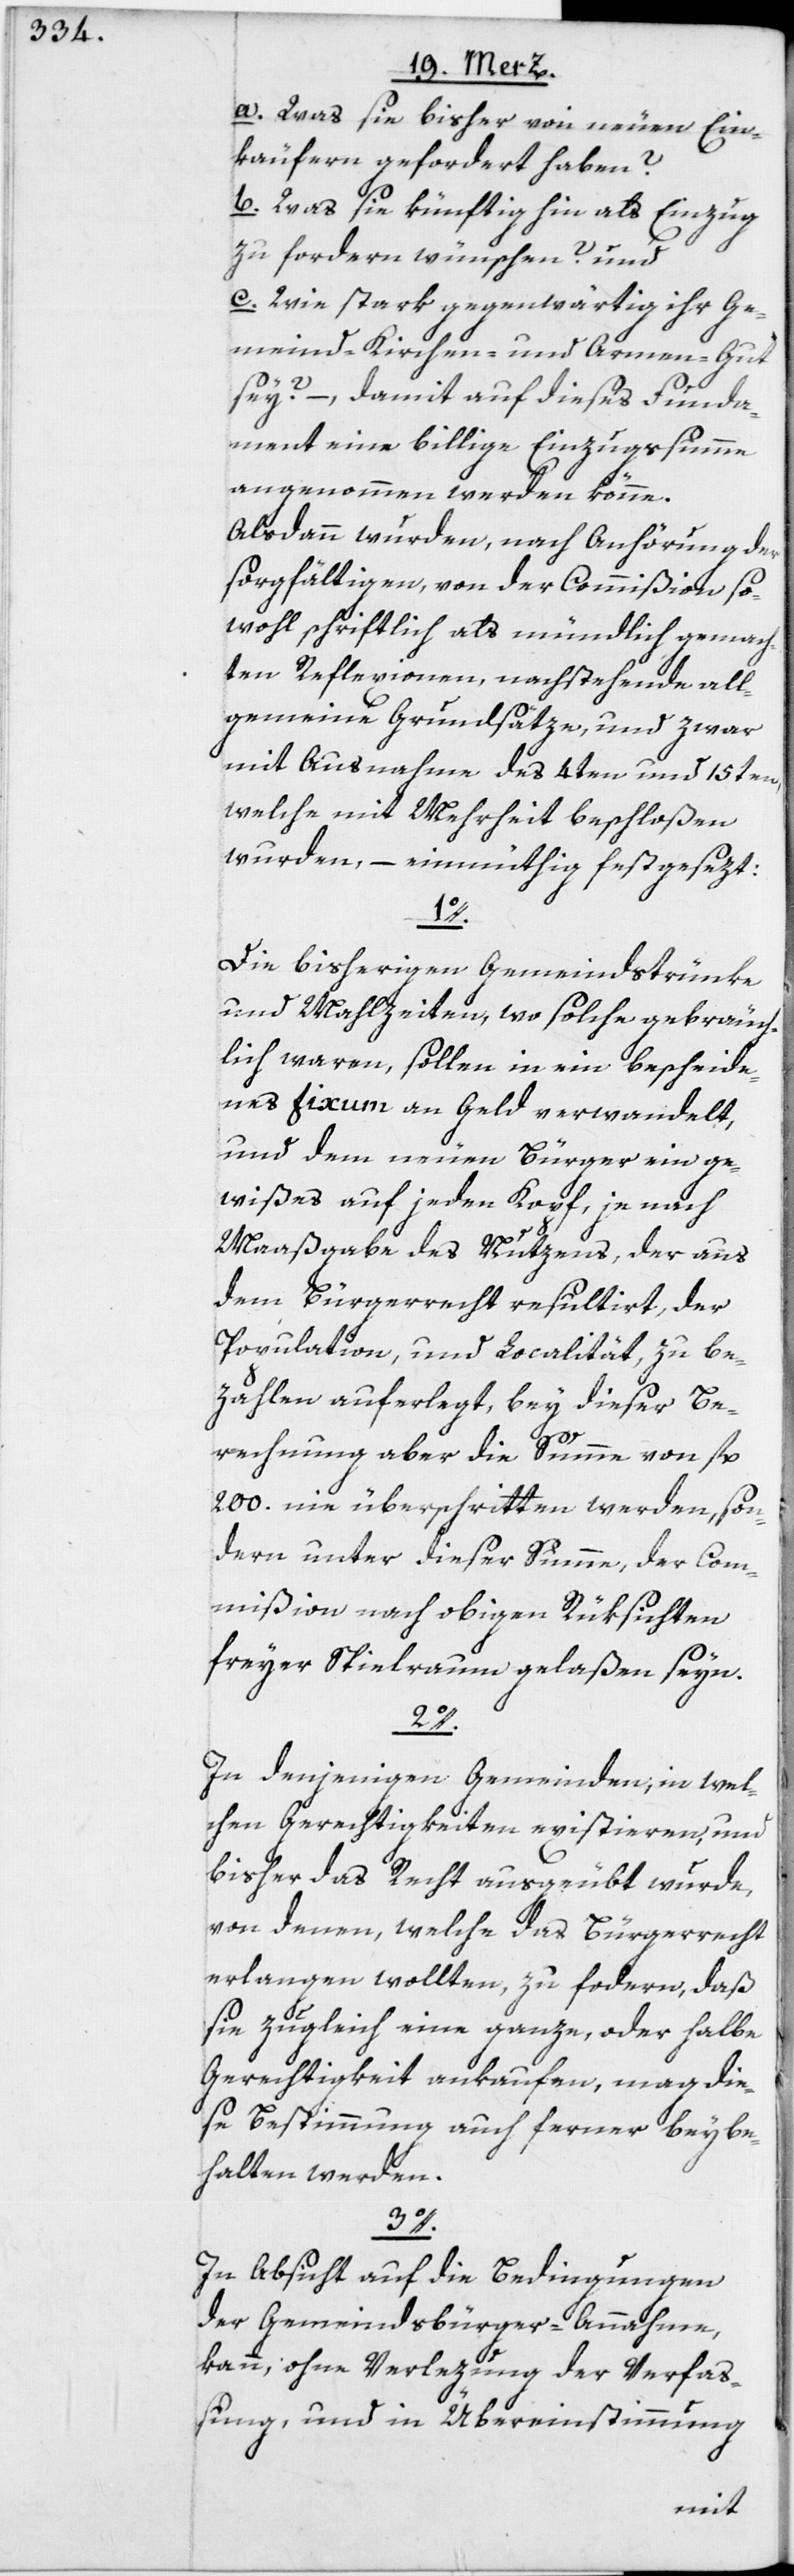
a. Was sie bisher von neuen Ein¬
käufern gefordert haben?
b. Was sie künftig hin als Einzug
zu fordern wünschen? und
c. Wie stark gegenwärtig ihr Ge¬
meind-[,] Kirchen- und Armen-Gut
sey? –, damit auf dieses Funda¬
ment eine billige Einzugssumme
angenommen werden könne.
Alsdann wurden, nach Anhörung der
sorgfältigen, von der Commißion so¬
wohl schriftlich als mündlich gemach¬
ten Reflexionen, nachstehende all¬
gemeine Grundsätze, und zwar
mit Ausnahme des 4ten und 15ten,
welche mit Mehrheit beschloßen
wurden, – einmüthig festgesezt:
1o.
Die bisherigen Gemeindstrünke
und Mahlzeiten, wo solche gebräuch¬
lich waren, sollen in ein bescheide¬
nes Fixum an Geld verwandelt,
und dem neuen Bürger ein ge¬
wißes auf jeden Kopf, je nach
3o.
Maaßgabe des Nutzens, der aus
dem Bürgerrecht resultirt, der
Population, und Localität, zu be¬
zahlen auferlegt, bey dieser Be¬
rechnung aber die Summe von fl.
200. nie überschritten werden, son¬
dern unter dieser Summe, der Com¬
mißion nach obigen Rüksichten
freyer Spielraum gelaßen seyn.
2o.
In denjenigen Gemeinden, in wel¬
chen Gerechtigkeiten existieren, und
bisher das Recht ausgeübt wurde,
von denen, welche das Bürgerrecht
verlangen wollten, zu fordern, daß
sie zugleich eine ganze, oder halbe
Gerechtigkeit ankaufen, mag die¬
se Bestimmung auch ferner beybe¬
halten werden.
In Absicht auf die Bedingungen
der Gemeindsbürger-Annahme,
kann, ohne Verlezung der Verfa¬
ßung, und in Übereinstimmung